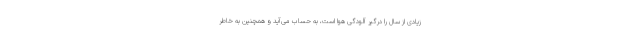
زیادی از سال را درگیر آلودگی هوا است، به حساب می‌آید و همچنین به خاطر